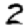
Digit: 2